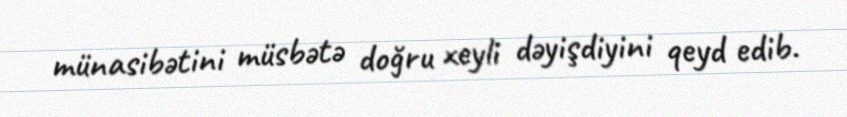
münasibətini müsbətə doğru xeyli dəyişdiyini qeyd edib.